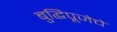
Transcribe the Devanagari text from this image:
बुद्धिपूजेचे